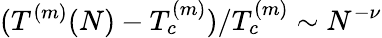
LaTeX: (T^{(m)}(N)-T_{c}^{(m)})/T_{c}^{(m)}\sim N^{-\nu}